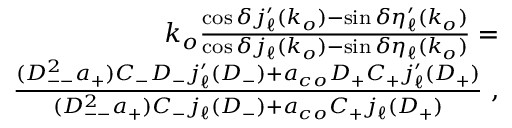
\begin{array} { r l r } & { } & { k _ { o } \frac { \cos \delta j _ { \ell } ^ { \prime } ( k _ { o } ) - \sin \delta \eta _ { \ell } ^ { \prime } ( k _ { o } ) } { \cos \delta j _ { \ell } ( k _ { o } ) - \sin \delta \eta _ { \ell } ( k _ { o } ) } = } \\ & { } & { \frac { ( D _ { -- } ^ { 2 } a _ { + } ) C _ { - } D _ { - } j _ { \ell } ^ { \prime } ( D _ { - } ) + a _ { c o } D _ { + } C _ { + } j _ { \ell } ^ { \prime } ( D _ { + } ) } { ( D _ { -- } ^ { 2 } a _ { + } ) C _ { - } j _ { \ell } ( D _ { - } ) + a _ { c o } C _ { + } j _ { \ell } ( D _ { + } ) } \; , } \end{array}